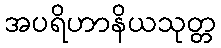
အပရိဟာနိယသုတ္တ